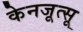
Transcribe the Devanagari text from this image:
केनजूत्सू